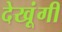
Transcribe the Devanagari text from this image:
देखूंगी